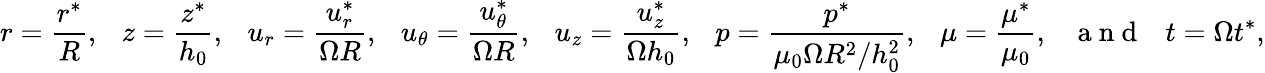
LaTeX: r=\frac{r^{*}}{R},~~~z=\frac{z^{*}}{h_{0}},~~~u_{r}=\frac{u_{r}^{*}}{\Omega R},~~~u_{\theta}=\frac{u_{\theta}^{*}}{\Omega R},~~~u_{z}=\frac{u_{z}^{*}}{\Omega h_{0}},~~~p=\frac{p^{*}}{\mu_{0}\Omega R^{2}/h_{0}^{2}},~~~\mu=\frac{\mu^{*}}{\mu_{0}},~~~\mathrm{~a~n~d~}~~~t=\Omega t^{*},